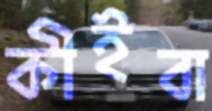
কীইবা